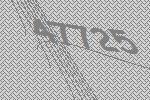
47725